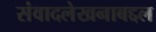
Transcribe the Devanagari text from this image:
संवादलेखनाबद्दल